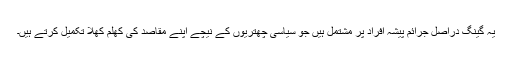
یہ گینگ دراصل جرائم پیشہ افراد پر مشتمل ہیں جو سیاسی چھتریوں کے نیچے اپنے مقاصد کی کھلم کھلا تکمیل کرتے ہیں۔